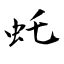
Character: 虴